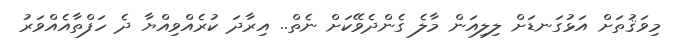
މިވަޤުތަށް އަޅުގަނޑަށް ލިލިއަން މާލެ ގެންދެވޭކަށް ނެތް.. އިރާދަ ކުރެއްވިއްޔާ ދެ ހަފްތާއެއްވަރު